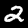
Label: 2